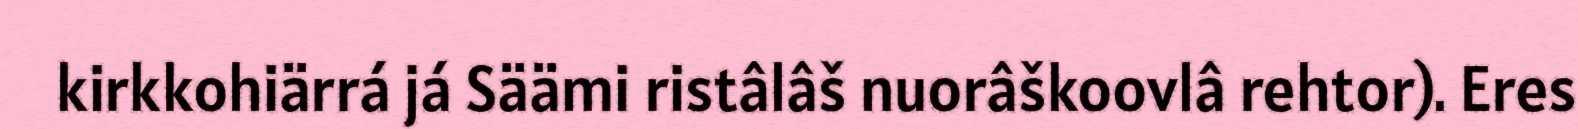
kirkkohiärrá já Säämi ristâlâš nuorâškoovlâ rehtor). Eres